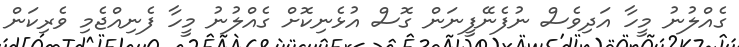
ގެއްލުނު މީހާ އަދިވެސް ނުފެނޭފީނަން ގޮސް އުޅެނިކޮށް ގެއްލުނު މީހާ ފެނިއްޖެމި ވެރިކަން